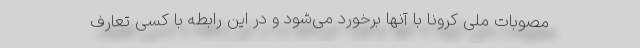
مصوبات ملی کرونا با آنها برخورد می‌شود و در این رابطه با کسی تعارف